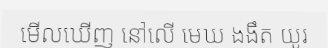
មើលឃើញ នៅលើ មេឃ ងងឹត យូរ